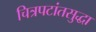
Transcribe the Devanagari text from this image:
चित्रपटांतसुद्धा